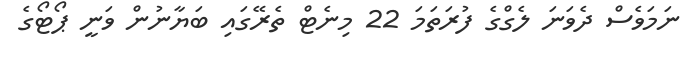
ނަމަވެސް ދެވަނަ ލެގްގެ ފުރަތަމަ 22 މިނެޓް ތެރޭގައި ބަޔާނުން ވަނީ ޕޯޓޯގެ